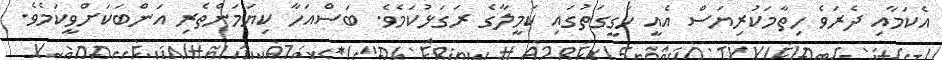
އެކަމާއި ދެރަވެ ހިތާމަކުރިޔަސް އެއީ ހަގީގަތުގައި ކަމީލާގެ ރަގަޅުކަމެވެ. ބަސްއަހާ ކިޔަމަންތެރި އަންބަކަށްވީކަމެވެ.